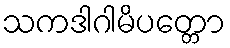
သကဒါဂါမိပတ္တော